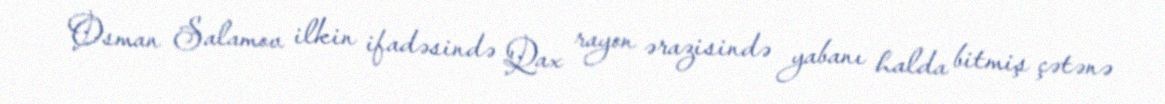
Osman Salamov ilkin ifadəsində Qax rayon ərazisində yabanı halda bitmiş çətənə